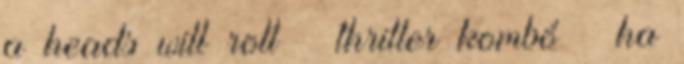
a heads will roll – thriller kombó – ha